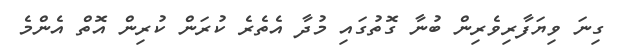
ގިނަ ވިޔަފާރިވެރިން ބުނާ ގޮތުގައި މުދާ އެތެރެ ކުރަން ކުރިން އޮތް އެންމެ